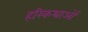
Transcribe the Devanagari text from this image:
हरिकथाओं